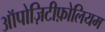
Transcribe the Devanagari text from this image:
ऑपोज़िटीफ़ोलियम